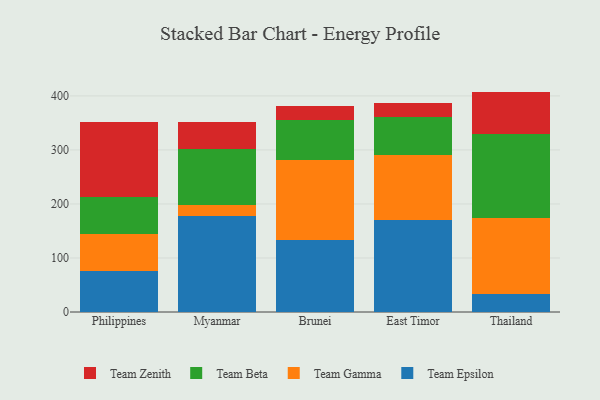
{"axis": {"x": "Country", "y": "Shipments"}, "legend": ["Team Beta", "Team Epsilon", "Team Gamma", "Team Zenith"], "data": [{"x": "Philippines", "y": 76.8, "type": "Team Epsilon"}, {"x": "Philippines", "y": 67.1, "type": "Team Gamma"}, {"x": "Philippines", "y": 69.7, "type": "Team Beta"}, {"x": "Philippines", "y": 137.5, "type": "Team Zenith"}, {"x": "Myanmar", "y": 177.2, "type": "Team Epsilon"}, {"x": "Myanmar", "y": 20.3, "type": "Team Gamma"}, {"x": "Myanmar", "y": 104.1, "type": "Team Beta"}, {"x": "Myanmar", "y": 49.6, "type": "Team Zenith"}, {"x": "Brunei", "y": 132.9, "type": "Team Epsilon"}, {"x": "Brunei", "y": 149.2, "type": "Team Gamma"}, {"x": "Brunei", "y": 72.7, "type": "Team Beta"}, {"x": "Brunei", "y": 26.9, "type": "Team Zenith"}, {"x": "East Timor", "y": 170.9, "type": "Team Epsilon"}, {"x": "East Timor", "y": 120.3, "type": "Team Gamma"}, {"x": "East Timor", "y": 69.8, "type": "Team Beta"}, {"x": "East Timor", "y": 26.5, "type": "Team Zenith"}, {"x": "Thailand", "y": 33.0, "type": "Team Epsilon"}, {"x": "Thailand", "y": 141.2, "type": "Team Gamma"}, {"x": "Thailand", "y": 154.9, "type": "Team Beta"}, {"x": "Thailand", "y": 78.9, "type": "Team Zenith"}]}